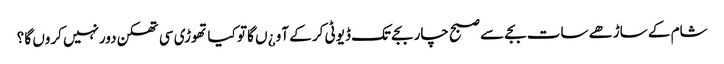
شام کے ساڑھے سات بجے سے صبح چار بجے تک ڈیوٹی کر کے آو ¿ں گا تو کیا تھوڑی سی تھکن دورنہیں کروں گا ؟